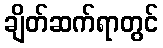
ချိတ်ဆက်ရာတွင်